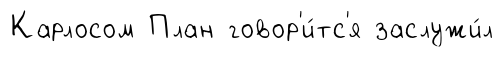
Карлосом План говор'и́тс'я заслужи́л